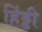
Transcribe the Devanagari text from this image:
हिंड्डी